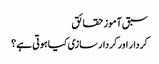
سبق آموز حقائق
کردار اور کردار سازی کیا ہوتی ہے ؟